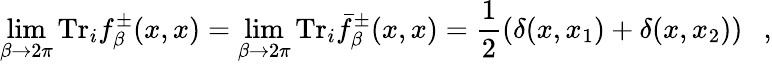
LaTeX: \operatorname*{lim}_{\beta\rightarrow 2\pi}\mathrm{Tr}_{i}f_{\beta}^{\pm}(x,x)=\operatorname*{lim}_{\beta\rightarrow 2\pi}\mathrm{Tr}_{i}\bar{f}_{\beta}^{\pm}(x,x)=\frac 12\left(\delta(x,x_{1})+\delta(x,x_{2})\right)~~~,